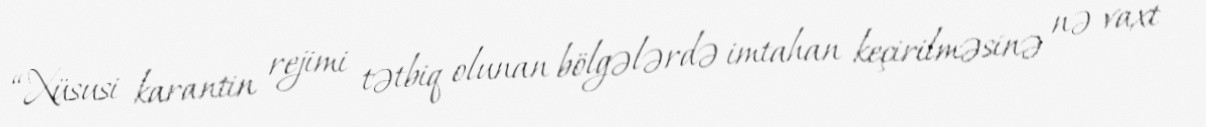
“Xüsusi karantin rejimi tətbiq olunan bölgələrdə imtahan keçirilməsinə nə vaxt